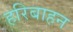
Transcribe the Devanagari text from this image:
हरिबाहन